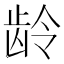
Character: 龄